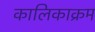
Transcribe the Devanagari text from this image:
कालिकाक्रम